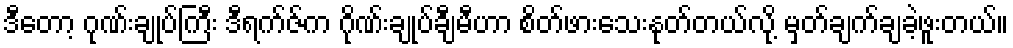
ဒီတော့ ဂုဏ်းချုပ်ကြီး ဒီရက်ဇ်က ဂိုဏ်းချုပ်ချီမီဟာ စိတ်ဖားသေးနုတ်တယ်လို့ မှတ်ချက်ချခဲ့ဖူးတယ်။